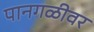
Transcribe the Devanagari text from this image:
पानगळीवर